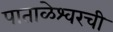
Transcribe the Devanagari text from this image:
पाताळेश्वरची